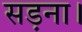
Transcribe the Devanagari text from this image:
सड़ना।